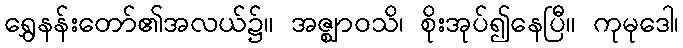
ရွှေနန်းတော်၏အလယ်၌။ အဇ္ဈာဝသိ၊ စိုးအုပ်၍နေပြီ။ ကုမုဒေါ၊